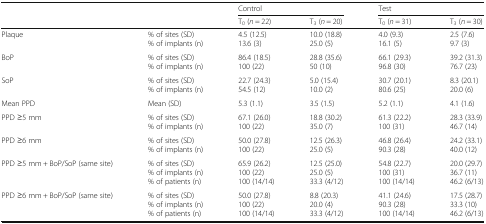
<table><thead><tr><td rowspan="2" colspan="2"></td><td colspan="2"><b>Control</b></td><td colspan="2"><b>Test</b></td></tr><tr><td><b>T<sub>0</sub> (<i>n</i> = 22)</b></td><td><b>T<sub>3</sub> (<i>n</i> = 20)</b></td><td><b>T<sub>0</sub> (<i>n</i> = 31)</b></td><td><b>T<sub>3</sub> (<i>n</i> = 30)</b></td></tr></thead><tbody><tr><td>Plaque</td><td>% of sites (SD)% of implants (n)</td><td>4.5 (12.5)13.6 (3)</td><td>10.0 (18.8)25.0 (5)</td><td>4.0 (9.3)16.1 (5)</td><td>2.5 (7.6)9.7 (3)</td></tr><tr><td>BoP</td><td>% of sites (SD)% of implants (n)</td><td>86.4 (18.5)100 (22)</td><td>28.8 (35.6)50 (10)</td><td>66.1 (29.3)96.8 (30)</td><td>39.2 (31.3)76.7 (23)</td></tr><tr><td>SoP</td><td>% of sites (SD)% of implants (n)</td><td>22.7 (24.3)54.5 (12)</td><td>5.0 (15.4)10.0 (2)</td><td>30.7 (20.1)80.6 (25)</td><td>8.3 (20.1)20.0 (6)</td></tr><tr><td>Mean PPD</td><td>Mean (SD)</td><td>5.3 (1.1)</td><td>3.5 (1.5)</td><td>5.2 (1.1)</td><td>4.1 (1.6)</td></tr><tr><td>PPD ≥5 mm</td><td>% of sites (SD)% of implants (n)</td><td>67.1 (26.0)100 (22)</td><td>18.8 (30.2)35.0 (7)</td><td>61.3 (22.2)100 (31)</td><td>28.3 (33.9)46.7 (14)</td></tr><tr><td>PPD ≥6 mm</td><td>% of sites (SD)% of implants (n)</td><td>50.0 (27.8)100 (22)</td><td>12.5 (26.3)25.0 (5)</td><td>46.8 (26.4)90.3 (28)</td><td>24.2 (33.1)40.0 (12)</td></tr><tr><td>PPD ≥5 mm + BoP/SoP (same site)</td><td>% of sites (SD)% of implants (n)% of patients (n)</td><td>65.9 (26.2)100 (22)100 (14/14)</td><td>12.5 (25.0)25.0 (5)33.3 (4/12)</td><td>54.8 (22.7)100 (31)100 (14/14)</td><td>20.0 (29.7)36.7 (11)46.2 (6/13)</td></tr><tr><td>PPD ≥6 mm + BoP/SoP (same site)</td><td>% of sites (SD)% of implants (n)% of patients (n)</td><td>50.0 (27.8)100 (22)100 (14/14)</td><td>8.8 (20.3)20.0 (4)33.3 (4/12)</td><td>41.1 (24.6)90.3 (28)100 (14/14)</td><td>17.5 (28.7)33.3 (10)46.2 (6/13)</td></tr></tbody></table>